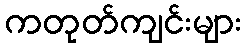
ကတုတ်ကျင်းများ